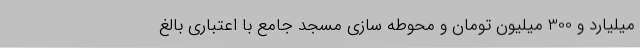
میلیارد و 300 میلیون تومان و محوطه سازی مسجد جامع با اعتباری بالغ